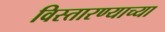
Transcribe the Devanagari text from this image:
विस्तारण्याच्या